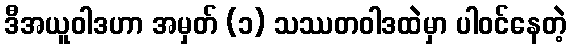
ဒီအယူဝါဒဟာ အမှတ် (၁) သဿတဝါဒထဲမှာ ပါဝင်နေတဲ့